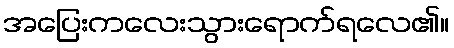
အပြေးကလေးသွားရောက်ရလေ၏။